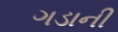
ગડાની